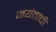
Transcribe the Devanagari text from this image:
जयंताची